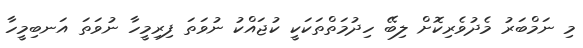
މި ނަމްބަރު މެދުވެރިކޮށް ލިބޭ ހިދުމަތްތަކަކީ ކުޖައްކު ނުވަތަ ފިރިމީހާ ނުވަތަ އަނބިމީހާ